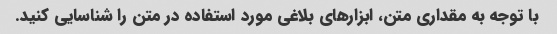
با توجه به مقداری متن، ابزارهای بلاغی مورد استفاده در متن را شناسایی کنید.